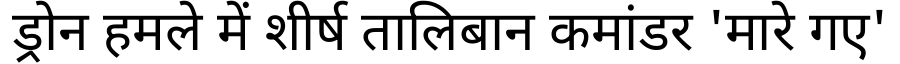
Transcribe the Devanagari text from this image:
ड्रोन हमले में शीर्ष तालिबान कमांडर 'मारे गए'